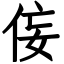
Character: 侫